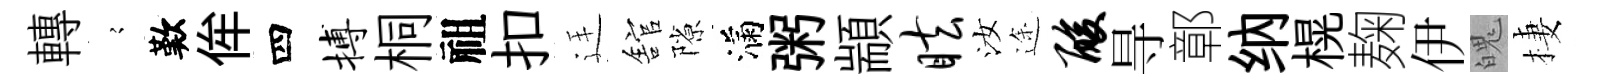
轉𡪹歎侔四搏桐祖扣廷舘隙滿粥顓眩汝途酸㝵鄣纳榥麹伊魄棲